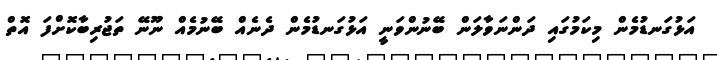
އަޅުގަނޑުމެން މިކަމުގައި ދަންނަވާލަން ބޭނުންވަނީ އަޅުގަނޑުމެން ދެނެއް ބޭނުމެއް ނޫނޭ ތަޖުރިބާކޮށްފަ އޮތް